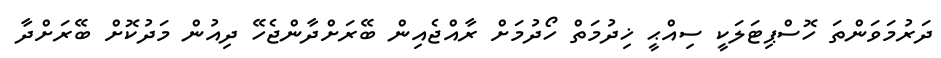
ދަރުމަވަންތަ ހޮސްޕިޓަލަކީ ސިއްޙީ ޚިދުމަތް ހޯދުމަށް ރާއްޖެއިން ބޭރަށްދާންޖެހޭ ދިއުން މަދުކޮށް ބޭރަށްދާ